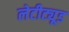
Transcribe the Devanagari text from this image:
लेटीट्यूड